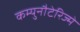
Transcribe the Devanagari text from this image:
कम्युनौटेरिज्मे